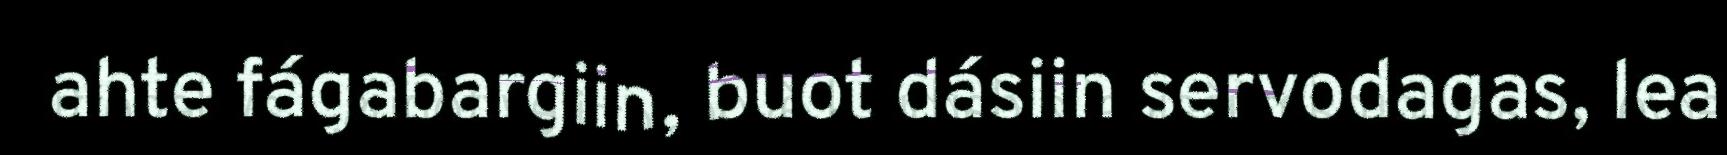
ahte fágabargiin, buot dásiin servodagas, lea